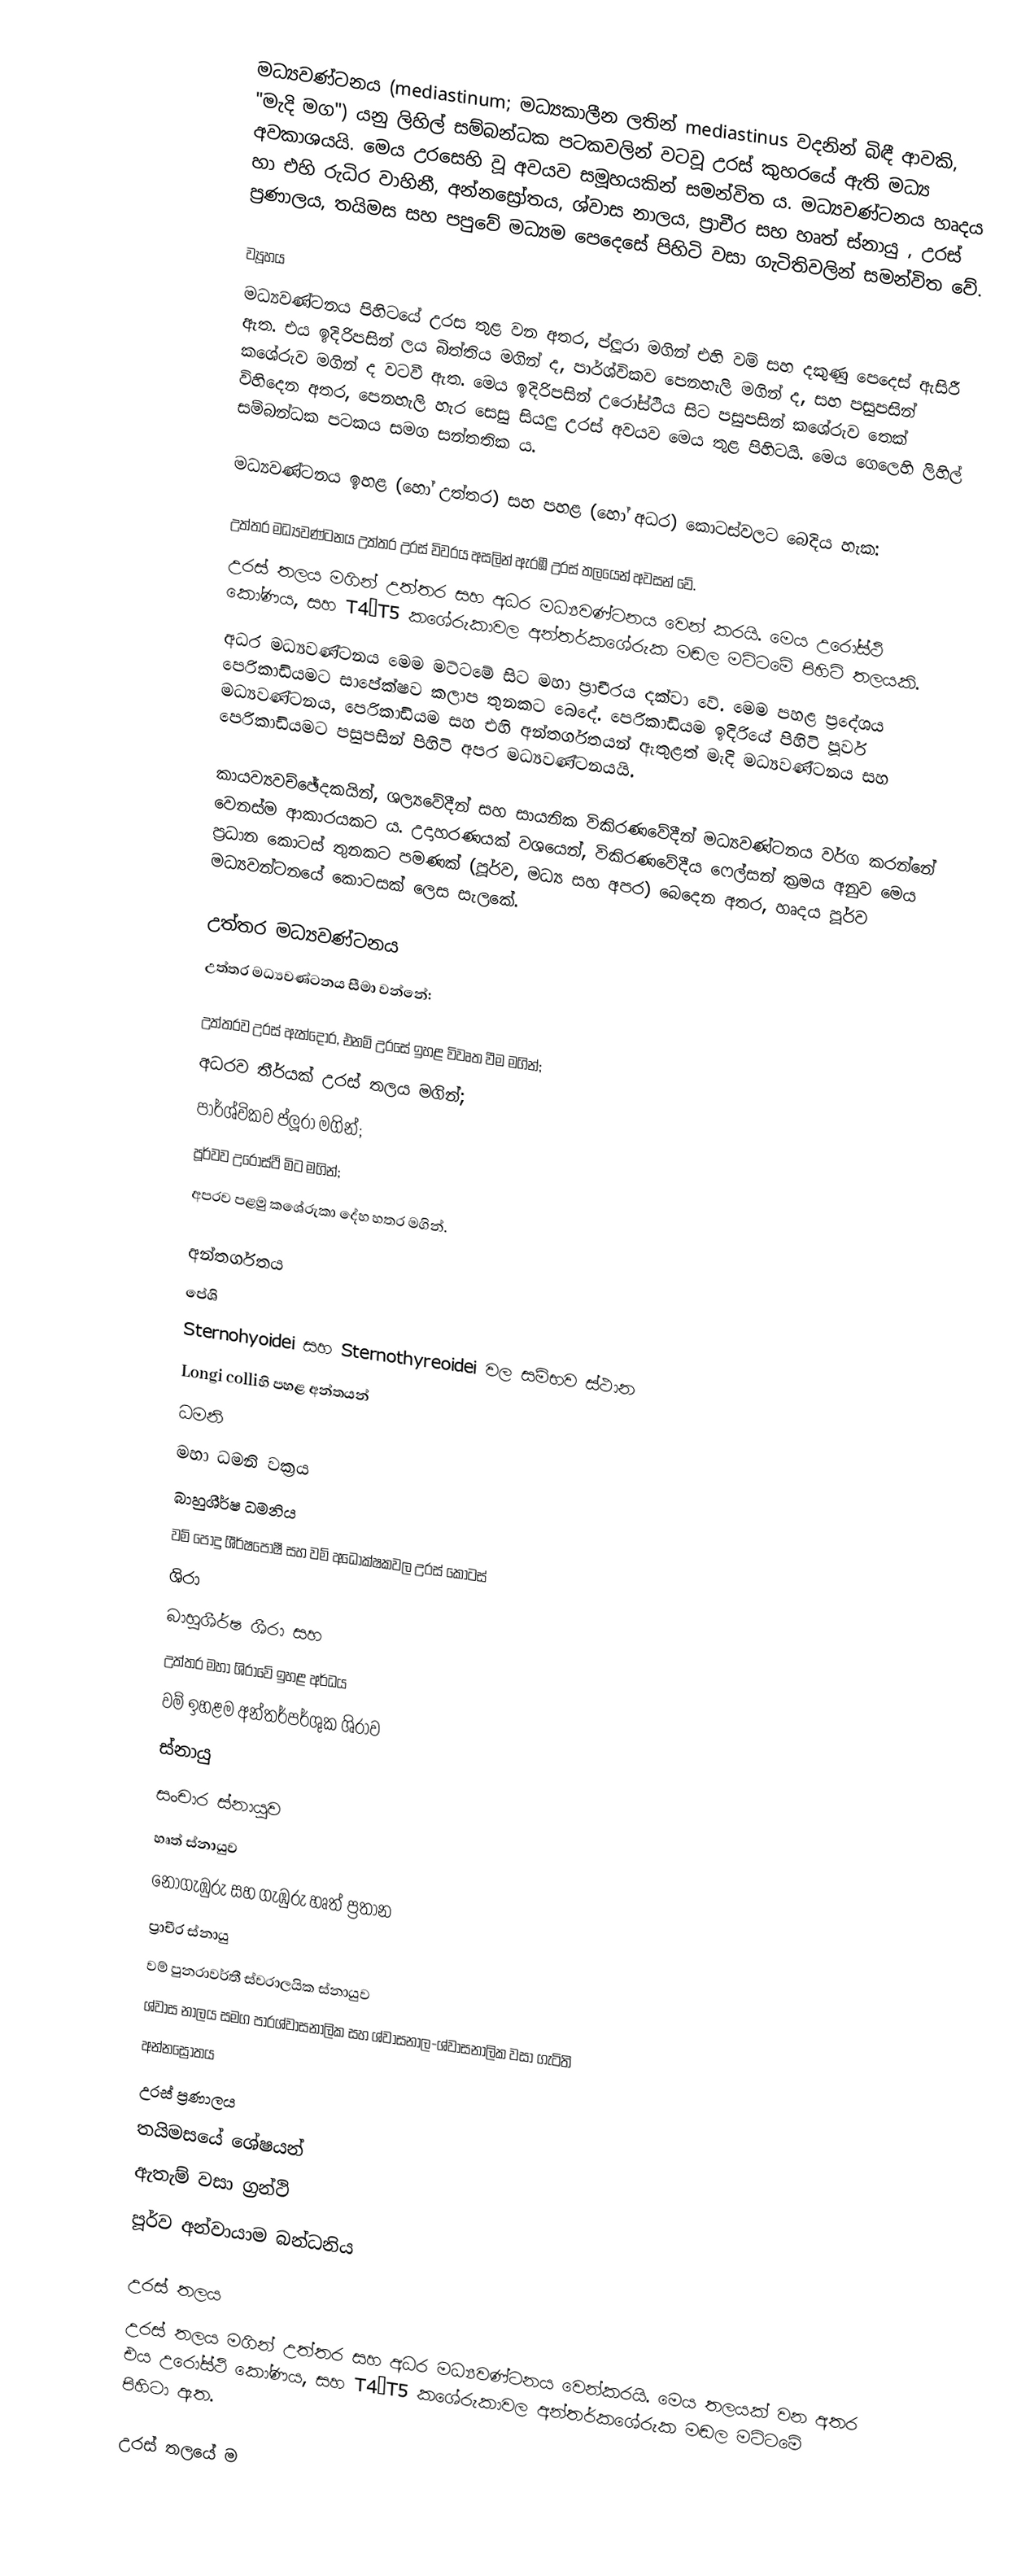
මධ්‍යවණ්ටනය (mediastinum; මධ්‍යකාලීන ලතින් mediastinus වදනින් බිඳී ආවකි, "මැදි මග") යනු ලිහිල් සම්බන්ධක පටකවලින් වටවූ උරස් කුහරයේ ඇති මධ්‍ය අවකාශයයි. මෙය උරසෙහි වූ අවයව සමූහයකින් සමන්විත ය. මධ්‍යවණ්ටනය හෘදය හා එහි රුධිර වාහිනී, අන්නස්‍රෝතය, ශ්වාස නාලය, ප්‍රාචීර සහ හෘත් ස්නායු , උරස් ප්‍රණාලය, තයිමස සහ පපුවේ මධ්‍යම පෙදෙසේ පිහිටි වසා ගැටිතිවලින් සමන්විත වේ.

ව්‍යූහය
මධ්‍යවණ්ටනය පිහිටයේ උරස තුළ වන අතර, ප්ලූරා මගින් එහි වම් සහ දකුණු පෙදෙස් ඇසිරී ඇත. එය ඉදිරිපසින් ලය බිත්තිය මගින් ද, පාර්ශ්විකව පෙනහැලි මගින් ද, සහ පසුපසින් කශේරුව මගින් ද වටවී ඇත. මෙය ඉදිරිපසින් උරෝස්ථිය සිට පසුපසින් කශේරුව තෙක් විහිදෙන අතර, පෙනහැලි හැර සෙසු සියලු උරස් අවයව මෙය තුළ පිහිටයි. මෙය ගෙලෙහි ලිහිල් සම්බන්ධක පටකය සමග සන්තතික ය.

මධ්‍යවණ්ටනය ඉහළ (හෝ උත්තර) සහ පහළ (හෝ අධර) කොටස්වලට බෙදිය හැක:

 උත්තර මධ්‍යවණ්ටනය උත්තර උරස් විවරය අසලින් ඇරඹී උරස් තලයෙන් අවසන් වේ.
 උරස් තලය මගින් උත්තර සහ අධර මධ්‍යවණ්ටනය වෙන් කරයි. මෙය උරෝස්ථි කෝණය, සහ T4–T5 කශේරුකාවල අන්තර්කශේරුක මඬල මට්ටමේ පිහිටි තලයකි.
 අධර මධ්‍යවණ්ටනය මෙම මට්ටමේ සිට මහා ප්‍රාචීරය දක්වා වේ. මෙම පහළ ප්‍රදේශය පෙරිකාඩියමට සාපේක්ෂව කලාප තුනකට බෙදේ. පෙරිකාඩියම ඉදිරියේ පිහිටි පූර්ව මධ්‍යවණ්ටනය, පෙරිකාඩියම සහ එහි අන්තර්ගතයන් ඇතුළත් මැදි මධ්‍යවණ්ටනය සහ පෙරිකාඩියමට පසුපසින් පිහිටි අපර මධ්‍යවණ්ටනයයි.

කායව්‍යවච්ඡේදකයින්, ශල්‍යවේදීන් සහ සායනික විකිරණවේදීන් මධ්‍යවණ්ටනය වර්ග කරන්නේ වෙනස්ම ආකාරයකට ය. උදාහරණයක් වශයෙන්, විකිරණවේදීය ෆෙල්සන් ක්‍රමය අනුව මෙය ප්‍රධාන කොටස් තුනකට පමණක් (පූර්ව, මධ්‍ය සහ අපර) බෙදෙන අතර, හෘදය පූර්ව මධ්‍යවන්ටනයේ කොටසක් ලෙස සැලකේ.

උත්තර මධ්‍යවණ්ටනය
උත්තර මධ්‍යවණ්ටනය සීමා වන්නේ:

 උත්තරව උරස් ඇත්දොර, එනම් උරසේ ඉහළ විවෘත වීම මගින්;
 අධරව තීර්යක් උරස් තලය මගින්;
 පාර්ශ්විකව ප්ලූරා මගින්;
 පූර්වව උරෝස්ථි මිට මගින්;
 අපරව පළමු කශේරුකා දේහ හතර මගින්.

අන්තර්ගතය
 පේශි
 Sternohyoidei සහ Sternothyreoidei වල සම්භව ස්ථාන
 Longi colliහි පහළ අන්තයන්
 ධමනි
 මහා ධමනි වක්‍රය
 බාහුශීර්ෂ ධමනිය
 වම් පොදු ශීර්ෂපෝෂී සහ වම් අධෝක්ෂකවල උරස් කොටස්
 ශිරා
 බාහුශීර්ෂ ශීරා සහ
 උත්තර මහා ශිරාවේ ඉහළ අර්ධය
 වම් ඉහළම අන්තර්පර්ශුක ශිරාව
 ස්නායු
 සංචාර ස්නායුව
 හෘත් ස්නායුව
 නොගැඹුරු සහ ගැඹුරු හෘත් ප්‍රතාන
 ප්‍රාචීර ස්නායු
 වම් පුනරාවර්තී ස්වරාලයික ස්නායුව
 ශ්වාස නාලය සමග පාරශ්වාසනාලික සහ ශ්වාසනාල-ශ්වාසනාලික වසා ගැටිති
 අන්නස්‍රෝතය
 උරස් ප්‍රණාලය
 තයිමසයේ ශේෂයන්
 ඇතැම් වසා ග්‍රන්ථි
 පූර්ව අන්වායාම බන්ධනිය

උරස් තලය
 උරස් තලය මගින් උත්තර සහ අධර මධ්‍යවණ්ටනය වෙන්කරයි. මෙය තලයක් වන අතර එය උරෝස්ථි කෝණය, සහ T4–T5 කශේරුකාවල අන්තර්කශේරුක මඬල මට්ටමේ පිහිටා ඇත.

උරස් තලයේ ම